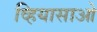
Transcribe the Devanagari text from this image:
व्हियासाओ